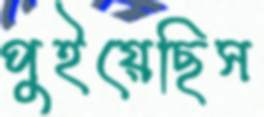
পুইয়েছিস